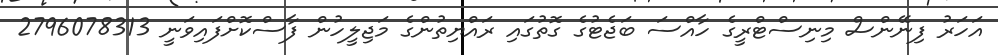
އަހަރު ފިނޭންސް މިނިސްޓްރީގެ ހާއްސަ ބަޖެޓުގެ ގޮތުގައި ރައްޔިތުންގެ މަޖިލީހުން ފާސްކޮށްފައިވަނީ 2796078313